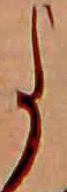
よ